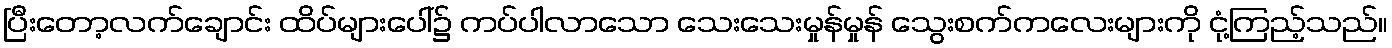
ပြီးတော့လက်ချောင်း ထိပ်များပေါ်၌ ကပ်ပါလာသော သေးသေးမှုန်မှုန် သွေးစက်ကလေးများကို ငုံ့ကြည့်သည်။